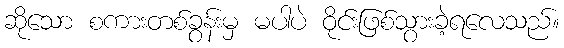
ဆိုသော စကားတစ်ခွန်းမှ မပါပဲ ဝိုင်းဖြစ်သွားခဲ့ရလေသည်။